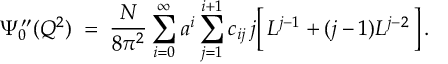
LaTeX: \Psi _ { 0 } ^ { \prime \prime } ( Q ^ { 2 } ) \; = \; \frac { N } { 8 \pi ^ { 2 } } \sum _ { i = 0 } ^ { \infty } a ^ { i } \sum _ { j = 1 } ^ { i + 1 } c _ { i j } \, j \Big [ \, L ^ { j - 1 } + ( j - 1 ) L ^ { j - 2 } \, \Big ] \, .